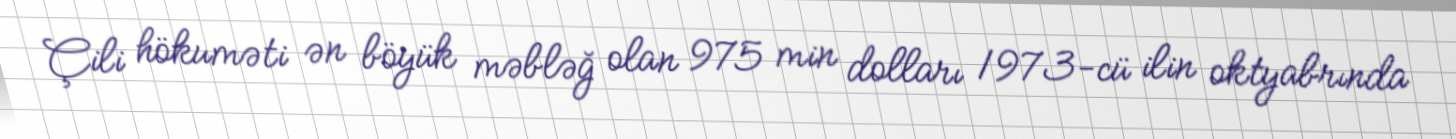
Çili hökuməti ən böyük məbləğ olan 975 min dolları 1973-cü ilin oktyabrında